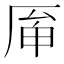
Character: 𠩯